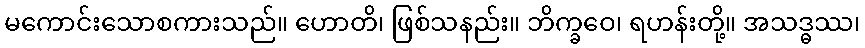
မကောင်းသောစကားသည်။ ဟောတိ၊ ဖြစ်သနည်း။ ဘိက္ခဝေ၊ ရဟန်းတို့။ အသဒ္ဓဿ၊